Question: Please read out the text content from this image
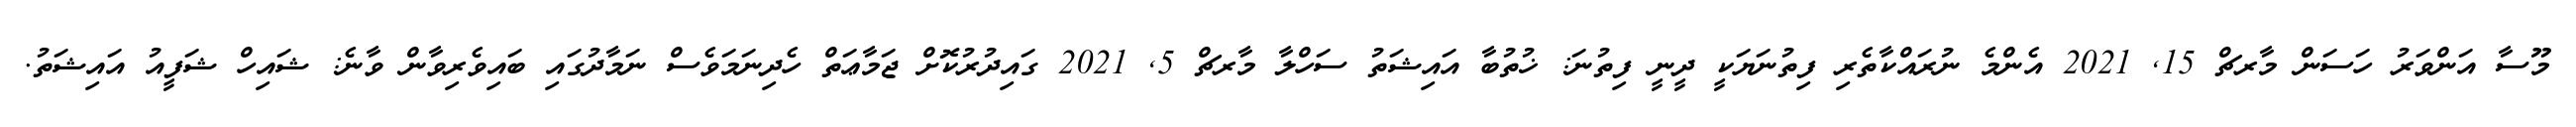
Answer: މޫސާ އަންވަރު ހަސަން މާރޗް 15, 2021 އެންމެ ނުރައްކާތެރި ފިތުނަޔަކީ ދީނީ ފިތުނަ: ޚުތުބާ އައިޝަތު ސަހްލާ މާރޗް 5, 2021 ގައިދުރުކޮށް ޖަމާޢަތް ހެދިނަމަވެސް ނަމާދުގައި ބައިވެރިވާން ވާނެ: ޝައިހް ޝަފީއު އައިޝަތު.